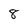
Character: 8